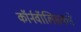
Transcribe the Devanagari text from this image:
कॉर्नवॉलिसकडे